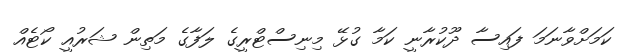
ކަމަށްވާނަމަ ފައިސާ ދޫކުރާނީ ކަމާ ގުޅޭ މިނިސްޓްރީގެ ލަފާގެ މަތިން ޝަރުއީ ކޯޓެއް